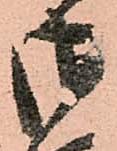
御